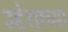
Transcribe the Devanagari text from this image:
उद्देशाच्या